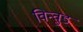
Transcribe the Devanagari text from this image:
विन्वुड